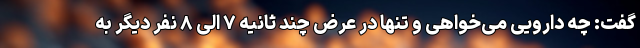
گفت: چه دارویی می‌خواهی و تنها در عرض چند ثانیه ۷ الی ۸ نفر دیگر به